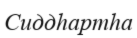
Сиддһартһа